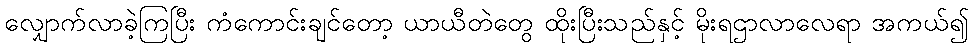
လျှောက်လာခဲ့ကြပြီး ကံကောင်းချင်တော့ ယာယီတဲတွေ ထိုးပြီးသည်နှင့် မိုးရဌာလာလေရာ အကယ်၍